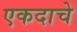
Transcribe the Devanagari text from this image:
एकदाचे